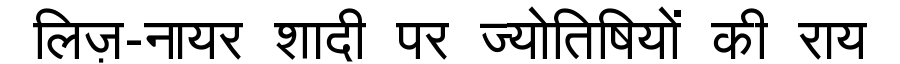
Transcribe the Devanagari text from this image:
लिज़-नायर शादी पर ज्योतिषियों की राय